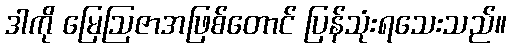
ဒါကို မြေဩဇာအဖြစ်တောင် ပြန်သုံးရသေးသည်။